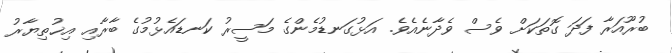
ބުރޫއަރާ ފަދަ ގޮތަކަށް ވެސް ވެދާނެއެވެ. އަޅުގަނޑުމެންގެ މަސީރު ކަނޑައެޅުމުގެ ބާރާއި އިޚުތިޔާރު